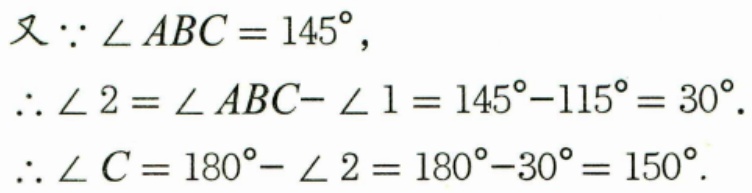
又\(\because \angle ABC = 145^{\circ}\)，
\(\therefore \angle 2=\angle ABC - \angle 1=145^{\circ}-115^{\circ}=30^{\circ}\).
\(\therefore \angle C = 180^{\circ}-\angle 2=180^{\circ}-30^{\circ}=150^{\circ}\).